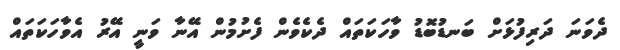
ދެވަނަ ދަރިފުޅަށް ބަނޑުބޮޑު ވާހަކަތައް ދެކެވެން ފެށުމުން އޭނާ ވަނީ އޭރު އެވާހަކަތައް